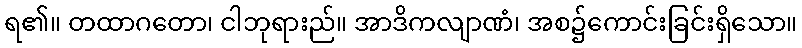
ရ၏။ တထာဂတော၊ ငါဘုရားည်။ အာဒိကလျာဏံ၊ အစ၌ကောင်းခြင်းရှိသော။